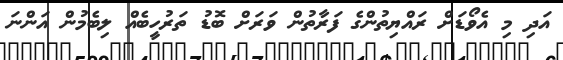
އަދި މި އެވޯޑަށް ރައްޔިތުންގެ ފަރާތުން ވަރަށް ބޮޑު ތަރުހީބެއް ލިބެމުން އަންނަ